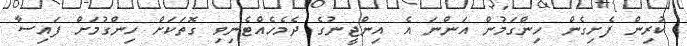
ކުރިން ފެށިގެން ހިންގަމުން އަންނަ އެ އިންޖީނުގެ ދެމެހެއްޓެނިވި ގޮތަކަށް ހިންގުމަށް ފައިސާ